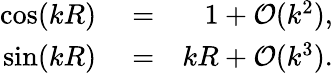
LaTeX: \begin{array}{rlr}{\cos(kR)}&{{}=}&{1+\mathcal{O}(k^{2}),}\\ {\sin(kR)}&{{}=}&{kR+\mathcal{O}(k^{3}).}\end{array}